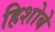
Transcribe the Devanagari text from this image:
हिशोबे